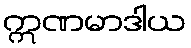
ဣဏမာဒါယ